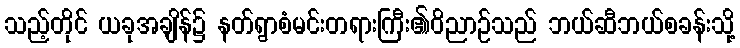
သည့်တိုင် ယခုအချိန်၌ နတ်ရွာစံမင်းတရားကြီး၏ဝိညာဉ်သည် ဘယ်ဆီဘယ်စခန်းသို့